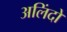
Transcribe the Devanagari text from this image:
अलिंदों